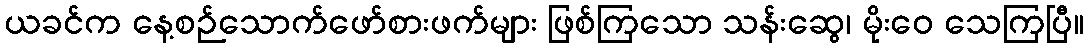
ယခင်က နေ့စဉ်သောက်ဖော်စားဖက်များ ဖြစ်ကြသော သန်းဆွေ၊ မိုးဝေ သေကြပြီ။